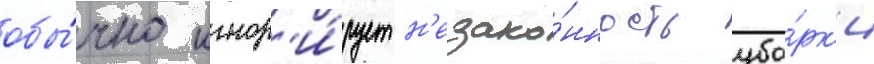
обы́чно игнор'и́рует н'езако́нность убо́рк'и